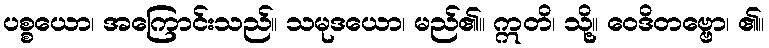
ပစ္စယော၊ အကြောင်းသည်။ သမုဒယော၊ မည်၏။ ဣတိ၊ သို့။ ဝေဒိတဗ္ဗော၊ ၏။